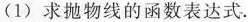
(1)求抛物线的函数表达式.